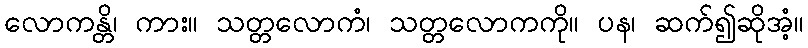
လောကန္တိ၊ ကား။ သတ္တလောကံ၊ သတ္တလောကကို။ ပန၊ ဆက်၍ဆိုအံ့။